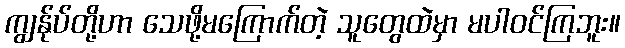
ကျွန်ုပ်တို့ဟာ သေဖို့မကြောက်တဲ့ သူတွေထဲမှာ မပါဝင်ကြဘူး။